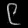
Digit: ၉